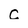
Character: c